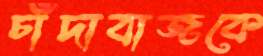
চাঁদাবাজকে